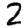
Digit: 2